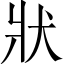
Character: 狀